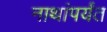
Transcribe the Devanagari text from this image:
नाथांपर्यंत